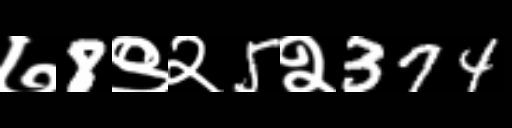
Text: ७8९२5२374